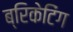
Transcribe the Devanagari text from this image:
ब्रिकेटिंग